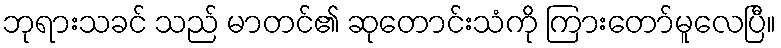
ဘုရားသခင် သည် မာတင်၏ ဆုတောင်းသံကို ကြားတော်မူလေပြီ။